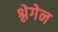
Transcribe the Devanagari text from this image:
श्लेगेन